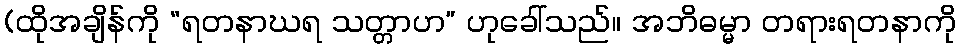
(ထိုအချိန်ကို “ရတနာဃရ သတ္တာဟ” ဟုခေါ်သည်။ အဘိဓမ္မာ တရားရတနာကို